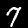
Label: 7